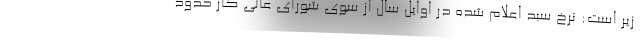
زیر است: نرخ سبد اعلام شده در اوایل سال از سوی شورای عالی کار حدود